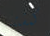
كمشتبه